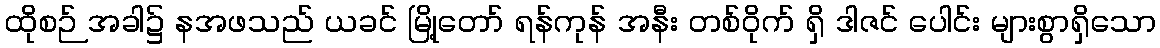
ထိုစဉ် အခါ၌ နအဖသည် ယခင် မြို့တော် ရန်ကုန် အနီး တစ်ဝိုက် ရှိ ဒါဇင် ပေါင်း များစွာရှိသော